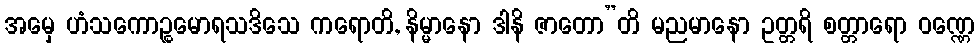
အမှေ ဟံသကောဉ္စမောရသဒိသေ ကရောတိ, နိမ္မာနော ဒါနိ ဇာတော”တိ မညမာနော ဥတ္တရိ စတ္တာရော ဝဏ္ဏေ